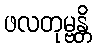
ဖလတုမ္ဗန္တိ